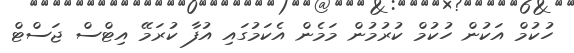
ހުކުމް އަކުން ހުކުމް ކުރުމުން މަމެން އެކަމުގައި އުފާ ކުރަމޭ އިޓްސް ޖަސްޓް